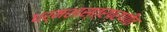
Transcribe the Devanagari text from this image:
धर्मशास्त्रप्रणीत